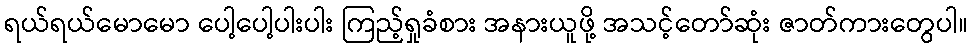
ရယ်ရယ်မောမော ပေါ့ပေါ့ပါးပါး ကြည့်ရှုခံစား အနားယူဖို့ အသင့်တော်ဆုံး ဇာတ်ကားတွေပါ။